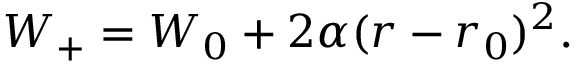
W _ { + } = W _ { 0 } + 2 \alpha ( r - r _ { 0 } ) ^ { 2 } .